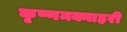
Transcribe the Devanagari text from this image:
कृष्णमक्नाहरी